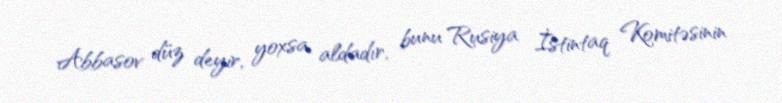
Abbasov düz deyir, yoxsa aldadır, bunu Rusiya İstintaq Komitəsinin